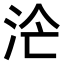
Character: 𣳁